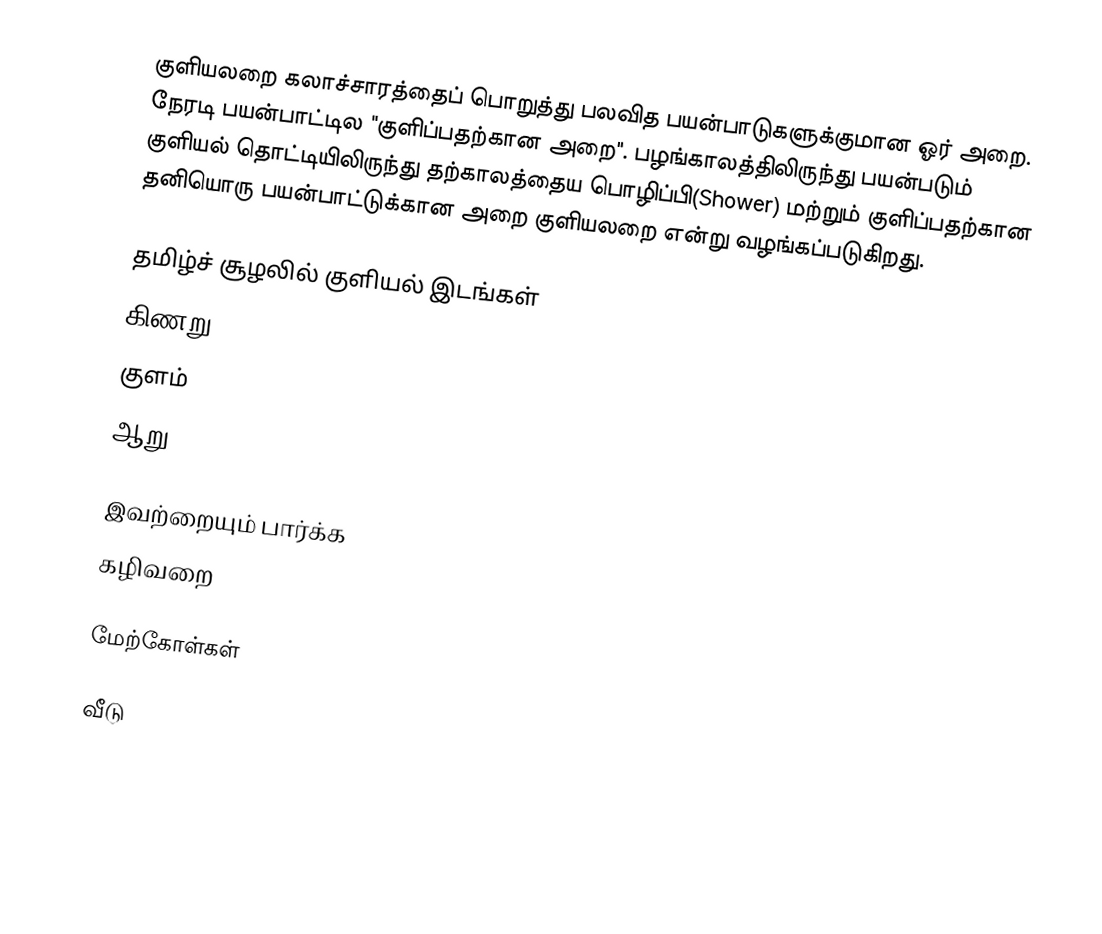
குளியலறை கலாச்சாரத்தைப் பொறுத்து பலவித பயன்பாடுகளுக்குமான ஓர் அறை. நேரடி பயன்பாட்டில "குளிப்பதற்கான அறை". பழங்காலத்திலிருந்து பயன்படும் குளியல் தொட்டியிலிருந்து தற்காலத்தைய பொழிப்பி(Shower) மற்றும் குளிப்பதற்கான தனியொரு பயன்பாட்டுக்கான அறை குளியலறை என்று வழங்கப்படுகிறது.

தமிழ்ச் சூழலில் குளியல் இடங்கள்
 கிணறு
 குளம்
 ஆறு

இவற்றையும் பார்க்க
 கழிவறை

மேற்கோள்கள்

வீடு